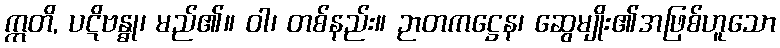
ဣတိ, ပဋိဗန္ဓု၊ မည်၏။ ဝါ၊ တစ်နည်း။ ဉာတကဋ္ဌေန၊ ဆွေမျိုး၏အဖြစ်ဟူသော